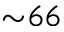
{ \sim } 6 6